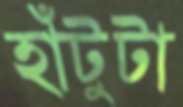
হাঁটুটা